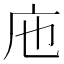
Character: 𢇚